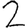
Digit: 2